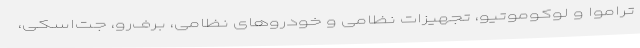
تراموا و لوکوموتیو، تجهیزات نظامی و خودروهای نظامی، برف‌رو، جت‌اسکی،